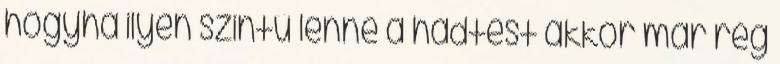
hogyha ilyen szintű lenne a hadtest akkor már rég